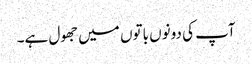
آپ کی دونوں باتوں میں جھول ہے۔